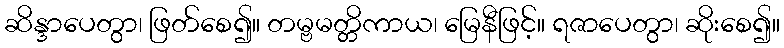
ဆိန္ဒာပေတွာ၊ ဖြတ်စေ၍။ တမ္ဗမတ္တိကာယ၊ မြေနီဖြင့်။ ရဇာပေတွာ၊ ဆိုးစေ၍။